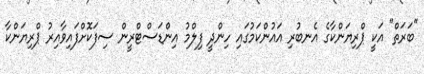
"ބަރަތް" އަކީ ޕްރިޔަންކާގެ އެނބުރި އައުންކަމުގައި ހިންދީ ފިލްމު އިންޑަސްޓްރީން ސިފަކޮށްފައިވާއިރު ޕްރިޔަންކާ